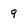
Character: q